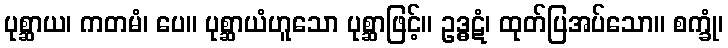
ပုစ္ဆာယ၊ ကတမံ၊ ပေ။ ပုစ္ဆာယံဟူသော ပုစ္ဆာဖြင့်။ ဥဒ္ဓဋံ၊ ထုတ်ပြအပ်သော။ စက္ခုံ၊